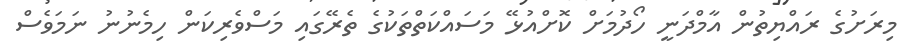
މިރަށުގެ ރައްޔިތުން އާމްދަނީ ހޯދުމަށް ކޮށްއުޅޭ މަސައްކަތްތަކުގެ ތެރޭގައި މަސްވެރިކަން ހިމެނުނު ނަމަވެސް